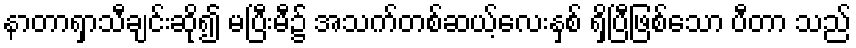
နာတာရှာသီချင်းဆို၍ မပြီးမီ၌ အသက်တစ်ဆယ့်လေးနှစ် ရှိပြီဖြစ်သော ပီတာ သည်